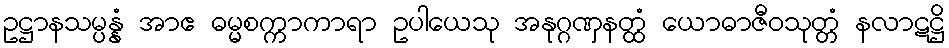
ဥဋ္ဌာနသမ္ပန္နံ အာဧ ဓမ္မစက္ကာကာရာ ဥပါယေသု အနုဂ္ဂဏှနတ္ထံ ယောဓာဇီဝသုတ္တံ နလာဋဋ္ဌိ